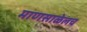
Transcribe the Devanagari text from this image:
माणसाळेलच